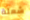
شعلة